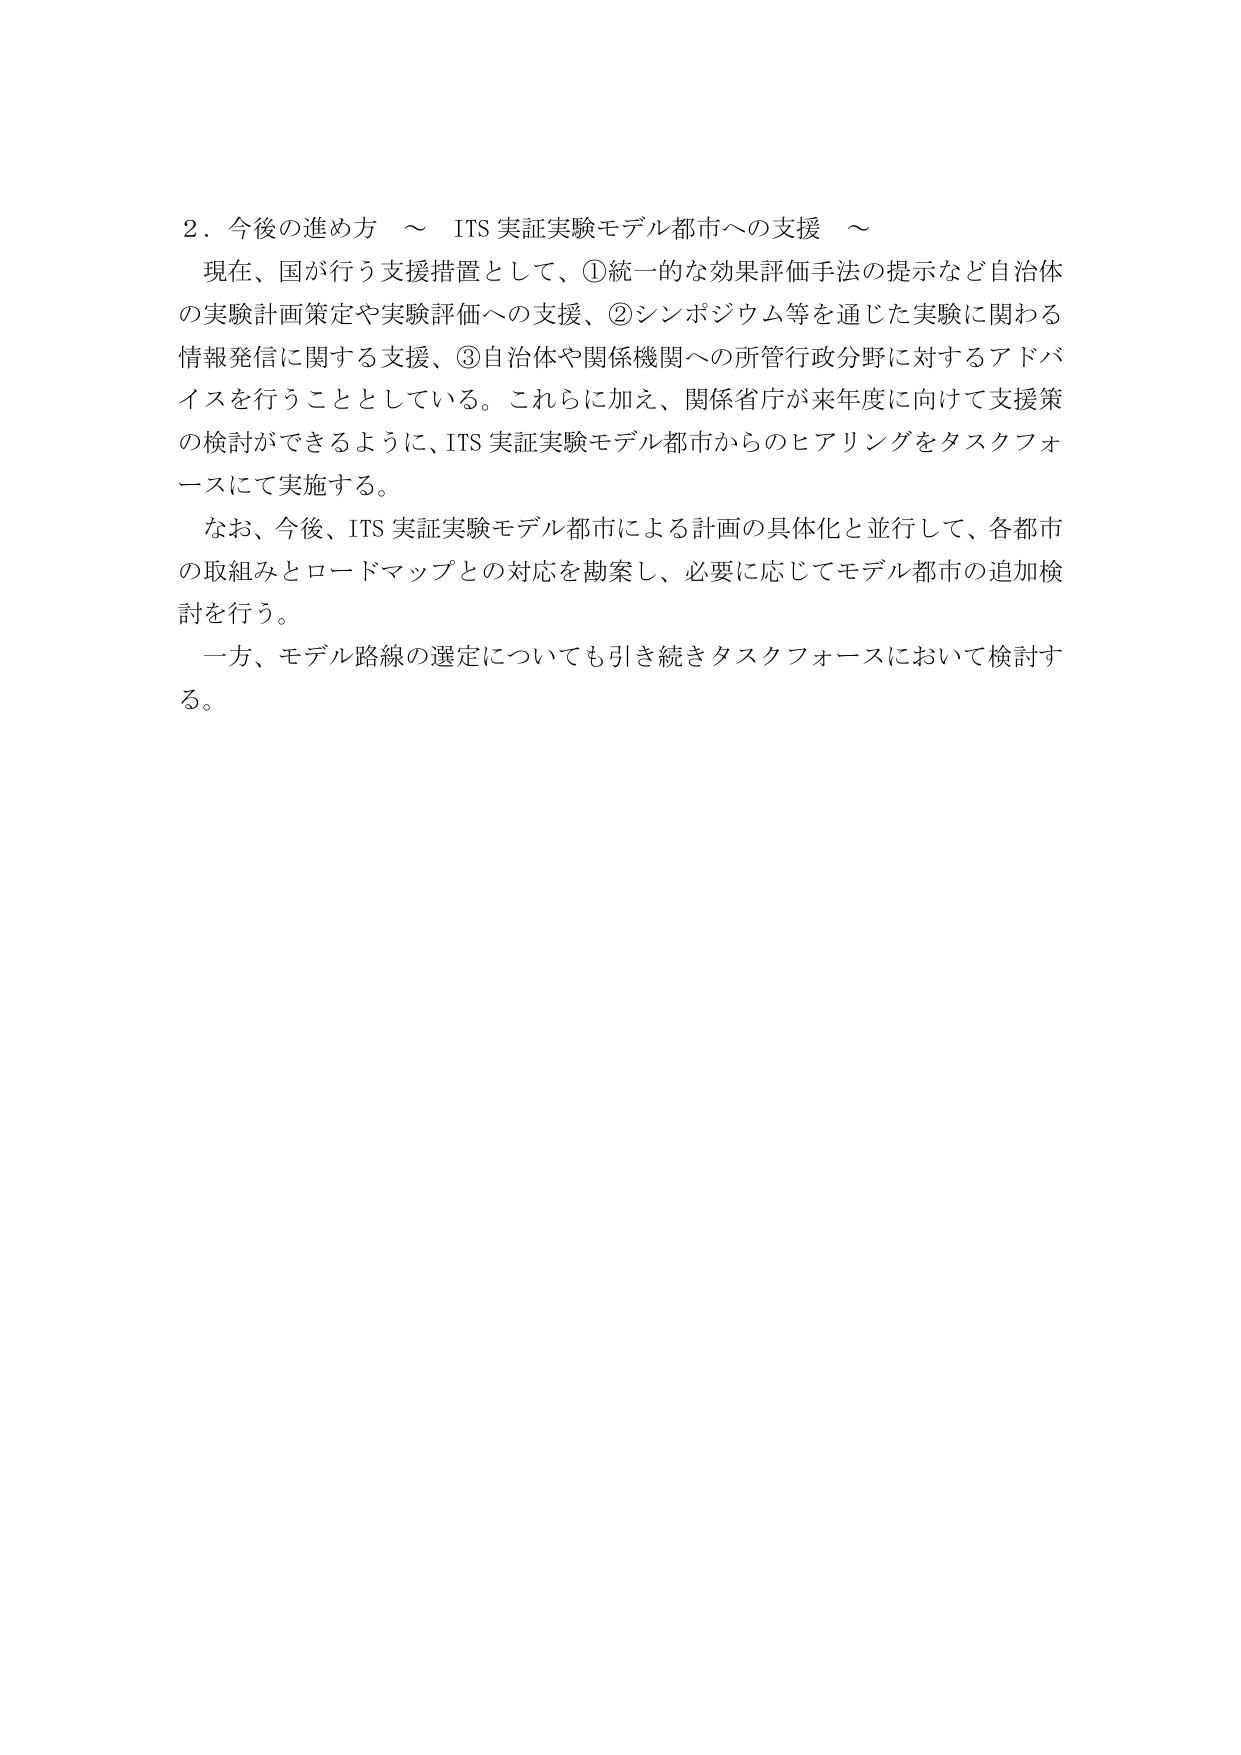
２．今後の進め方 ～ ITS 実証実験モデル都市への支援 ～

現在、国が行う支援措置として、①統一的な効果評価手法の提示など自治体の実験計画策定や実験評価への支援、②シンポジウム等を通じた実験に関わる情報発信に関する支援、③自治体や関係機関への所管行政分野に対するアドバイスを行うこととしている。これらに加え、関係省庁が来年度に向けて支援策の検討ができるように、ITS 実証実験モデル都市からのヒアリングをタスクフォースにて実施する。

なお、今後、ITS 実証実験モデル都市による計画の具体化と並行して、各都市の取組みとロードマップとの対応を勘案し、必要に応じてモデル都市の追加検討を行う。

一方、モデル路線の選定についても引き続きタスクフォースにおいて検討する。